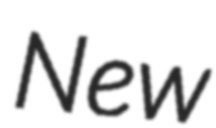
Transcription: New